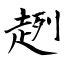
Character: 趔